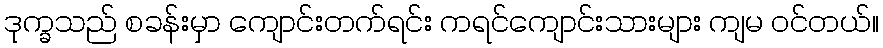
ဒုက္ခသည် စခန်းမှာ ကျောင်းတက်ရင်း ကရင်ကျောင်းသားများ ကျမ ဝင်တယ်။